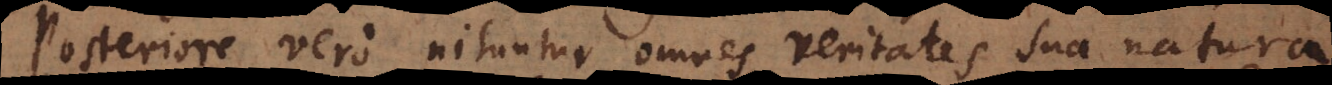
Posteriore vero nituntur omnes veritates sua natur